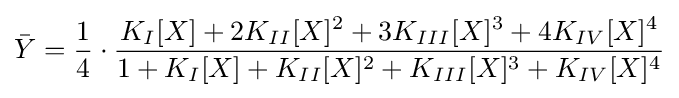
{\bar {Y}}={\frac {1}{4}}\cdot {}{\frac {K_{I}[X]+2K_{II}[X]^{2}+3K_{III}[X]^{3}+4K_{IV}[X]^{4}}{1+K_{I}[X]+K_{II}[X]^{2}+K_{III}[X]^{3}+K_{IV}[X]^{4}}}